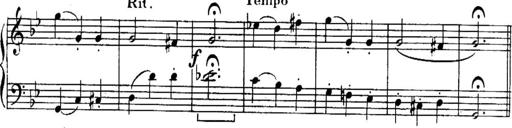
Title: Sonatines
Composer: Hedwige ChrÃ©tien